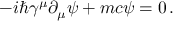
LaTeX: - i \hbar \gamma ^ { \mu } \partial _ { \mu } \psi + m c \psi = 0 \, .